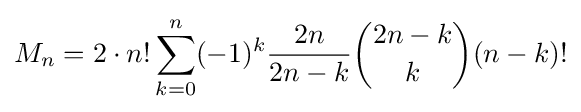
M_{n}=2\cdot n!\sum _{k=0}^{n}(-1)^{k}{\frac {2n}{2n-k}}{2n-k \choose k}(n-k)!